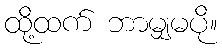
ထို့ထက် ဘာမျှမပို။